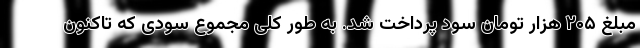
مبلغ ۲۰۵ هزار تومان سود پرداخت شد. به طور کلی مجموع سودی که تاکنون